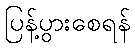
ပြန့်ပွားစေရန်